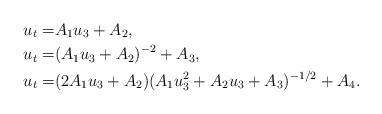
LaTeX: \begin{align*} u_t=&A_1u_3+A_2,\\ u_t=&(A_1u_3+A_2)^{-2}+A_3,\\ u_t=&(2A_1u_3+A_2)(A_1u_3^2+A_2u_3+A_3)^{-1/2}+A_4. \end{align*}